Materia medica of Madras volume I
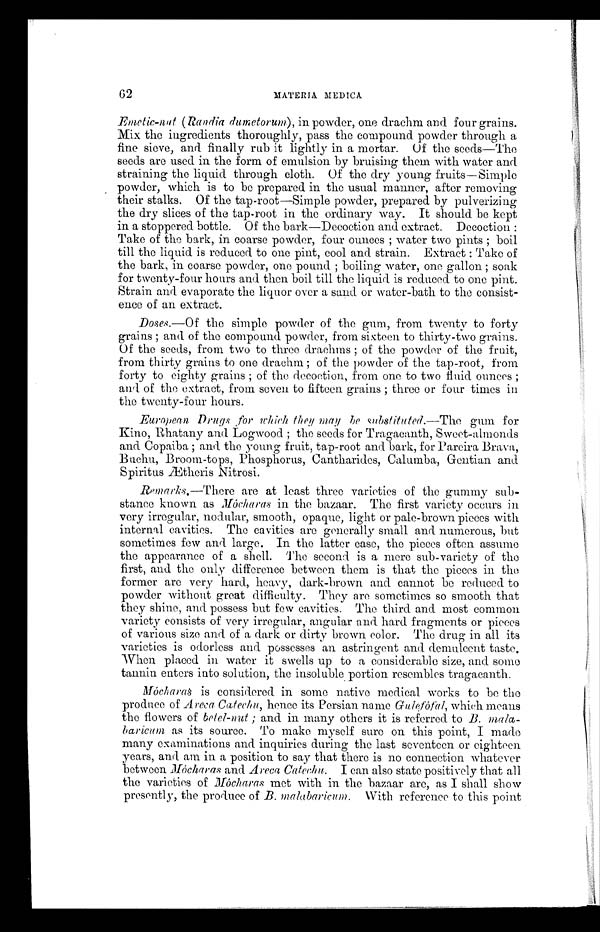
62
MATERIA MEDICA
Emetic-nut (Randia dumetorum), in powder, one drachm and four grains.
Mix the ingredients thoroughly, pass the compound powder through a
fine sieve, and finally rub it lightly in a mortar. Of the seeds—The
seeds are used in the form of emulsion by bruising them with water and
straining the liquid through cloth. Of the dry young fruits—Simple
powder, which is to be prepared in the usual manner, after removing
their stalks. Of the tap-root—Simple powder, prepared by pulverizing
the dry slices of the tap-root in the ordinary way. It should be kept
in a stoppered bottle. Of the bark—Decoction and extract. Decoction :
Take of the bark, in coarse powder, four ounces ; water two pints ; boil
till the liquid is reduced to one pint, cool and strain. Extract : Take of
the bark, in coarse powder, one pound ; boiling water, one gallon ; soak
for twenty-four hours and then boil till the liquid is reduced to one pint.
Strain and evaporate the liquor over a sand or water-bath to the consist-
ence of an extract.
Doses.—Of the simple powder of the gum, from twenty to forty
grains ; and of the compound powder, from sixteen to thirty-two grains.
Of the seeds, from two to three drachms ; of the powder of the fruit,
from thirty grains to one drachm ; of the powder of the tap-root, from
forty to eighty grains ; of the decoction, from one to two fluid ounces ;
and of the extract, from seven to fifteen grains ; three or four times in
the twenty-four hours.
European Drugs for which they may be substitated.—The gum for
Kino, Rhatany and Logwood ; the seeds for Tragacanth, Sweet-almonds
and Copaiba ; and the young fruit, tap-root and bark, for Pareira Brava,
Buchu, Broom-tops, Phosphorus, Cantharides, Calumba, Gentian and
Spiritus Ætheris Nitrosi.
Remarks.—There are at least three varieties of the gummy sub-
stance known as Mócharas in the bazaar. The first variety occurs in
very irregular, nodular, smooth, opaque, light or pale-brown pieces with
internal cavities. The cavities are generally small and numerous, but
sometimes few and, large. In the latter case, the pieces often assume
the appearance of a shell. The second is a mere sub-variety of the
first, and the only difference between them is that the pieces in the
former are very hard, heavy, dark-brown and cannot be reduced to
powder without great difficulty. They are sometimes so smooth that
they shine, and possess but few cavities. The third and most common
variety consists of very irregular, angular and hard fragments or pieces
of various size and of a dark or dirty brown color. The drug in all its
varieties is odorless and possesses an astringent and demulcent taste.
-When placed in water it swells up to a considerable size, and some
tannin enters into solution, the insoluble portion resembles tragacanth.
Mócharas is considered in some native medical works to be the
produce of Areca Catechu, hence its Persian name Gulefófal , which means
the flowers of betel-nut ; and in many others it is referred to B. mala-
baricum as its source. To make myself sure on this point, I made
many examinations and inquiries during the last seventeen or eighteen
years, and am in a position to say that there is no connection whatever
between Mócharas and Areca Catechu. I can also state positively that all
the varieties of Mócharas met with in the bazaar are, as I shall show
presently, the produce of B. malabaricum. With reference to this point